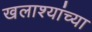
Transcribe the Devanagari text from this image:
खलाश्यांच्या